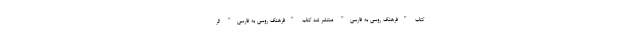
کتاب "فرهنگ روسی به فارسی" منتشر شد کتاب "فرهنگ روسی به فارسی" اثر